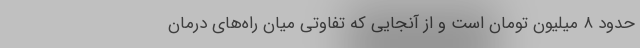
حدود ۸ میلیون تومان است و از آنجایی که تفاوتی میان را‌ه‌های درمان